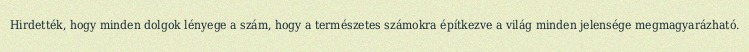
Hirdették, hogy minden dolgok lényege a szám, hogy a természetes számokra építkezve a világ minden jelensége megmagyarázható.